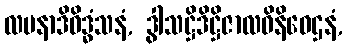
လပနာဒိဝိဒ္ဓံသနံ, ဒွါသဋ္ဌိဒိဋ္ဌိဇာလဝိနိဝေဌနံ,